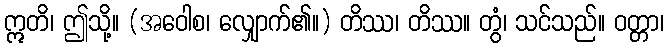
ဣတိ၊ ဤသို့။ (အဝေါစ၊ လျှောက်၏။) တိဿ၊ တိဿ။ တွံ၊ သင်သည်။ ဝတ္တာ၊